Report on vaccination in the Province of Bengal - 1869-1873
Year: 1869
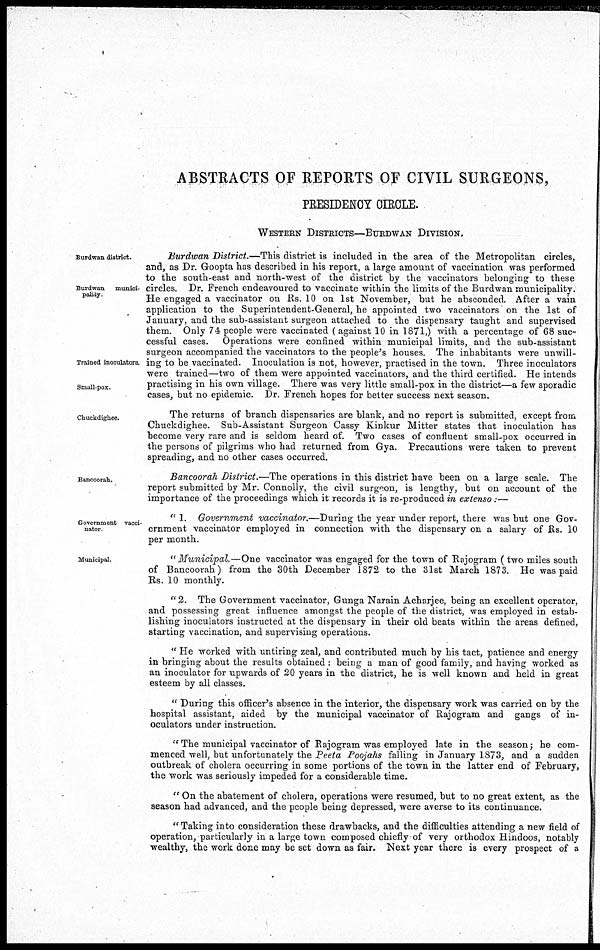
ABSTRACTS OF REPORTS OF CIVIL SURGEONS,
PRESIDENCY CIRCLE.
WESTERN DISTRICTS—BURDWAN DIVISION.
Burdwan district.
Burdwan
munici-
pality.
Trained inoculators.
Small-pox.
Burdwan District.—This district is included in the area of the Metropolitan circles,
and, as Dr. Goopta has described in his report, a large amount of vaccination was performed
to the south-east and north-west of the district by the vaccinators belonging to these
circles. Dr. French endeavoured to vaccinate within the limits of the Burdwan municipality.
He engaged a vaccinator on Rs. 10 on 1st November, but he absconded. After a vain
application to the Superintendent-General, he appointed two vaccinators on the 1st of
January, and the sub-assistant surgeon attached to the dispensary taught and supervised
them. Only 74 people were vaccinated ( against 10 in 1871,) with a percentage of 68 suc-
cessful cases. Operations were confined within municipal limits, and the sub-assistant
surgeon accompanied the vaccinators to the people's houses. The inhabitants were unwill-
ing to be vaccinated. Inoculation is not, however, practised in the town. Three inoculators
were trained—two of them were appointed vaccinators, and the third certified. He intends
practising in his own village. There was very little small-pox in the district—a few sporadic
cases, but no epidemic. Dr. French hopes for better success next season.
Chuckdighee.
The returns of branch dispensaries are blank, and no report is submitted, except from
Chuckdighee. Sub-Assistant Surgeon Cassy Kinkur Mitter states that inoculation has
become very rare and is seldom heard of. Two cases of confluent small-pox occurred in
the persons of pilgrims who had returned from Gya. Precautions were taken to prevent
spreading, and no other cases occurred.
Bancoorah.
Bancoorah District.—The operations in this district have been on a large scale. The
report submitted by Mr. Connolly, the civil surgeon, is lengthy, but on account of the
importance of the proceedings which it records it is re-produced in extenso:—
Government vacci-
nator
" 1. Government vaccinator.—During the year under report, there was but one Gov-
ernment vaccinator employed in connection with the dispensary on a salary of Rs. 10
per month.
Municipal.
"Municipal.—One
vaccinator was engaged for the town of Rajogram ( two miles south
of Bancoorah) from the 30th December 1872 to the 31st March 1873. He was paid
Rs. 10 monthly.
" 2. The Government vaccinator, Gunga Narain Acharjee, being an excellent operator,
and possessing great influence amongst the people of the district, was employed in estab-
lishing inoculators instructed at the dispensary in their old beats within the areas defined,
starting vaccination, and supervising operations.
" He worked with untiring zeal, and contributed much by his tact, patience and energy
in bringing about the results obtained : being a man of good family, and having worked as
an inoculator for upwards of 20 years in the district, he is well known and held in great
esteem by all classes.
" During this officer's absence in the interior, the dispensary work was carried on by the
hospital assistant, aided by the municipal vaccinator of Rajogram and gangs of in-
oculators under instruction.
" The municipal vaccinator of Rajogram was employed late in the season he com-
menced well, but unfortunately the Peeta Poojahs falling in January 1873, and a sudden
outbreak of cholera occurring in some portions of the town in the latter end of February,
the work was seriously impeded for a considerable time.
" On the abatement of cholera, operations were resumed, but to no great extent, as the
season had advanced, and the people being depressed, were averse to its continuance.
" Taking into consideration these drawbacks, and the difficulties attending a new field of
operation, particularly in a large town composed chiefly of very orthodox Hindoos, notably
wealthy, the work done may be set down as fair. Next year there is every prospect of a